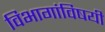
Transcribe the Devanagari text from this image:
विभागांविषयी